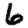
Digit: 6